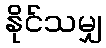
နိုင်သမျှ